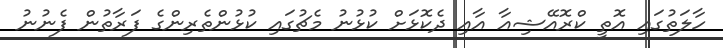
ހާލަތުގައި އޮތީ ކްރޮއޭޝިއާ އާއި ދެކޮޅަށް ކުޅުނު މެޗުގައި ކުޅުންތެރިންގެ ފަރާތުން ފެނުނު